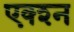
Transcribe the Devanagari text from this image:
एक्श्‍न